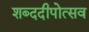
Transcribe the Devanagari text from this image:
शब्ददीपोत्सव